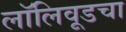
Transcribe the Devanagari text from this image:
लॉलिवूडचा